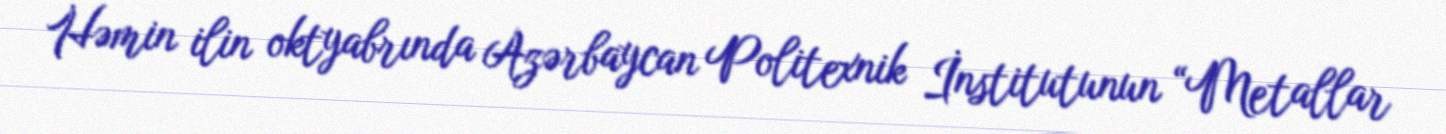
Həmin ilin oktyabrında Azərbaycan Politexnik İnstitutunun “Metallar